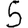
Digit: 5